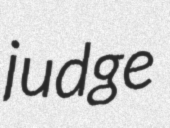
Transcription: judge